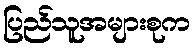
ပြည်သူအများစုက